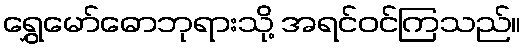
ရွှေမော်ဓောဘုရားသို့ အရင်ဝင်ကြသည်။